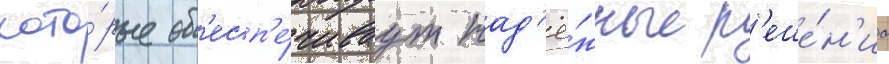
кото́рые об'есп'е́чиваут над'ё́жные р'еше́н'иа